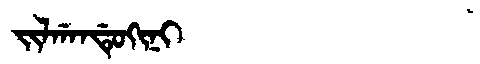
Manchu: ᠵᡳᠯᡤᠠᠨᡩᡠᡴᡳᠨᡳ
Romanization: JILGANDUKINI